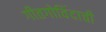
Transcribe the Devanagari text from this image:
गीतगोविंदाची